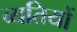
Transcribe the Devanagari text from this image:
व्यतियों